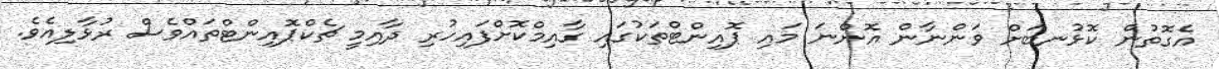
އެގޮތުން ކޮޅުނބަށް ވަންނާން އޮންނަ މައި ޕޮއިންޓްތަކުގައި ގާއިމްކޮށްފައިހުރި ދާއިމީ ޗެކްޕޮއިންޓްތައްވެސް ރުޅާލިއެވެ.